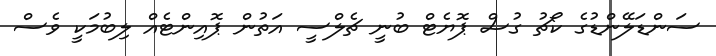
ސަންޑަލޭންޑުގެ ކޯޗު ގުސް ޕޮޔެޓް ބުނީ ޗެލްސީ އަތުން ޕޮއިންޓެއް ލިބުމަކީ ވެސް